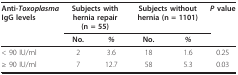
<table><thead><tr><td><b>Anti-<i>Toxoplasma </i>IgG levels</b></td><td colspan="2"><b>Subjects with hernia repair (n = 55)</b></td><td colspan="2"><b>Subjects without hernia (n = 1101)</b></td><td><b><i>P </i>value</b></td></tr><tr><td></td><td><b>No.</b></td><td><b><i>%</i></b></td><td><b>No.</b></td><td><b><i>%</i></b></td><td></td></tr></thead><tbody><tr><td>&lt; 90 IU/ml</td><td>2</td><td>3.6</td><td>18</td><td>1.6</td><td>0.25</td></tr><tr><td>≥ 90 IU/ml</td><td>7</td><td>12.7</td><td>58</td><td>5.3</td><td>0.03</td></tr></tbody></table>